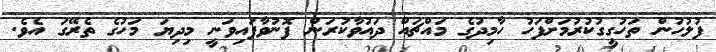
ފުލުހުން ތަހުގީގުކުރުމަށްފަހު ހާމިދުގެ މައްޗައް ދައުވާކުރަން ފޮނުވާފައިވަނީ މިދިޔަ މަހުގެ ތެރޭގަ އެވެ.